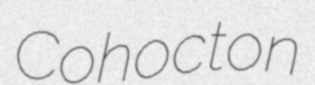
Cohocton